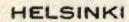
HELSINKI